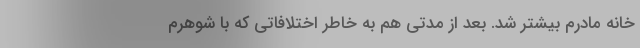
خانه مادرم بیشتر شد. بعد از مدتی هم به خاطر اختلافاتی که با شوهرم